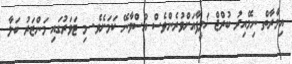
އިމާރާތް ނިމޭއިރު ބުރްޖް ޚަލީފާއަށްވުރެންވެސް އުސްވާނޭ ކަމަށެވެ. މި ޓަވަރުގައި މަންޒަރު ބަލާ